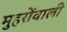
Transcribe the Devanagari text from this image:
मुहरोंवाली